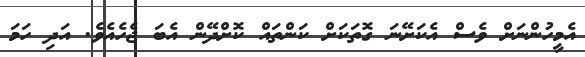
އެމީހުންނަށް ވެސް އެކަށޭނަ ގޮތަކަށް ކަންތައް ކޮށްދޭން އެބަ ޖެހެއެވެ. އަދި ހަމަ